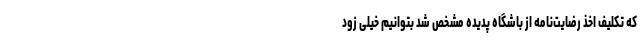
که تکلیف اخذ رضایت‌نامه از باشگاه پدیده مشخص شد بتوانیم خیلی زود